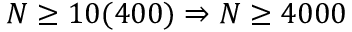
N \geq 1 0 ( 4 0 0 ) \Rightarrow N \geq 4 0 0 0